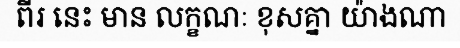
ពីរ នេះ មាន លក្ខណៈ ខុសគ្នា យ៉ាងណា